Report of the Bombay Plague Committee
Disease focus: Plague
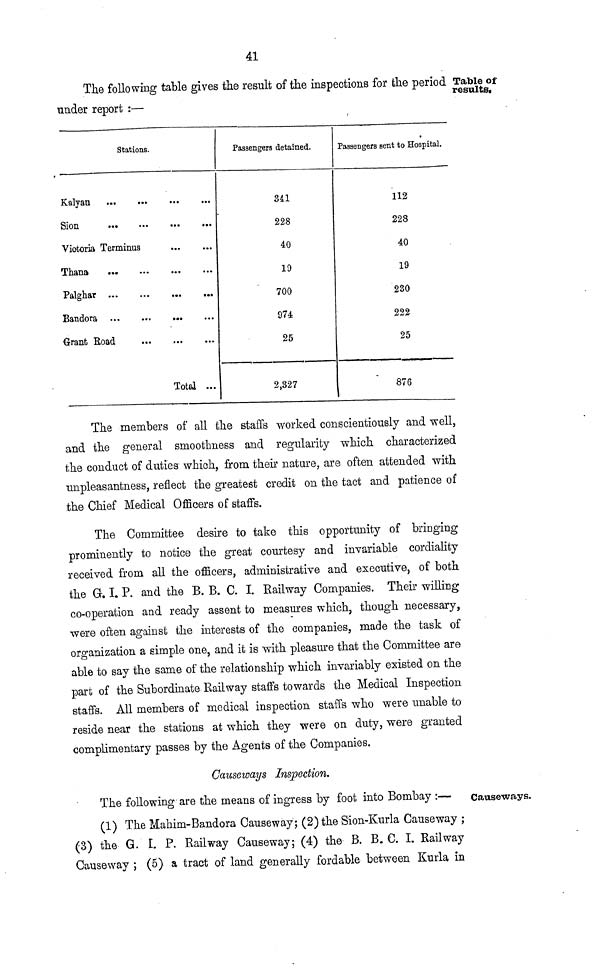
41
The folio wins; table gives the result of the inspections for the period Table of
results.
under report :—
Stations.
Victoria Terminus
Thana
Bandora ...
Grant Road
Total ...
Passengers detained.
Ml
228
40
19
700
974
25
2,327
Passengers sent to Hospital.
112
228
40
19
230
222
25
876
The members of all the staffs worked conscientiously and well,
and the general smoothness and regularity which characterized
the conduct of duties which, from their nature, are often attended with
unpleasantness, reflect the greatest credit on the tact and patience of
the Chief Medical Officers of staffs.
The Committee desire to take this opportunity of bringing
prominently to notice the great courtesy and invariable cordiality
received from all the officers, administrative and executive, of both
the G. I. P. and the B. B. C. I. Railway Companies. Their willing
co-operation and ready assent to measures which, though necessary,
were often against the interests of the companies, made the task of
organization a simple one, and it is with pleasure that the Committee are
able to say the same of the relationship which invariably existed on the
part of the Subordinate Railway staffs towards the Medical Inspection
staffs. All members of medical inspection staffs who were unable to
reside near the stations at which they were on duty, were granted
complimentary passes by the Agents of the Companies.
Causeways Inspection.
Causeways.
The following are the means of ingress by foot into Bombay :—
(1) The Mahim-Bandora Causeway; (2) the Sion-Kurla Causeway ;
(3) the G. I. P. Railway Causeway; (4) the B. B. C. I. Railway
Causeway ; (5) a tract of land generally fordable between Kurla in